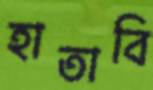
হাতাবি